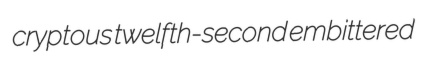
cryptous twelfth-second embittered